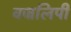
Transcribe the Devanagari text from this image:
वज्रलिपी